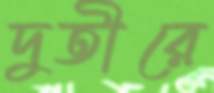
দুতীরে